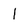
Character: l